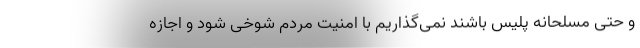
و حتی مسلحانه پلیس باشند نمی‌گذاریم با امنیت مردم شوخی شود و اجازه